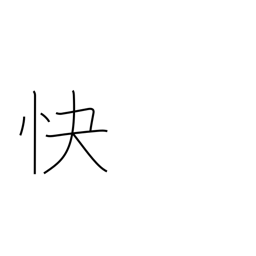
Meaning: cheerful